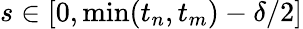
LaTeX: s\in[0,\operatorname*{min}(t_{n},t_{m})-\delta/2]